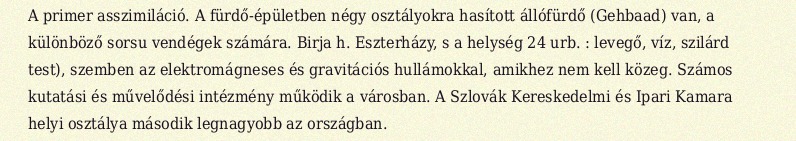
A primer asszimiláció. A fürdő-épületben négy osztályokra hasított állófürdő (Gehbaad) van, a különböző sorsu vendégek számára. Birja h. Eszterházy, s a helység 24 urb. : levegő, víz, szilárd test), szemben az elektromágneses és gravitációs hullámokkal, amikhez nem kell közeg. Számos kutatási és művelődési intézmény működik a városban. A Szlovák Kereskedelmi és Ipari Kamara helyi osztálya második legnagyobb az országban.